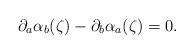
LaTeX: \begin{align*}\partial_a \alpha_b(\zeta) - \partial_b \alpha_a(\zeta) = 0.\end{align*}